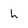
Character: h